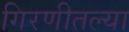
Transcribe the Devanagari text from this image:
गिरणीतल्या